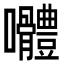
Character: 𭍑